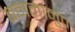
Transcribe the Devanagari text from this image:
बनमानुप